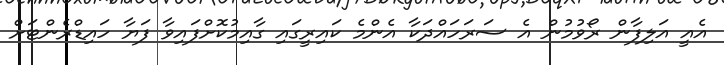
އެއީ އަލިފާން ރޯވުމުން އެ ސަރަހައްދަކާ އެންމެ ކައިރީގައި ގާއިމުކޮށްފައިވާ ފަޔާ ހައިޑްރެންޓަށް